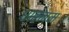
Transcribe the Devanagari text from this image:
धारनम